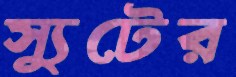
স্যুটের